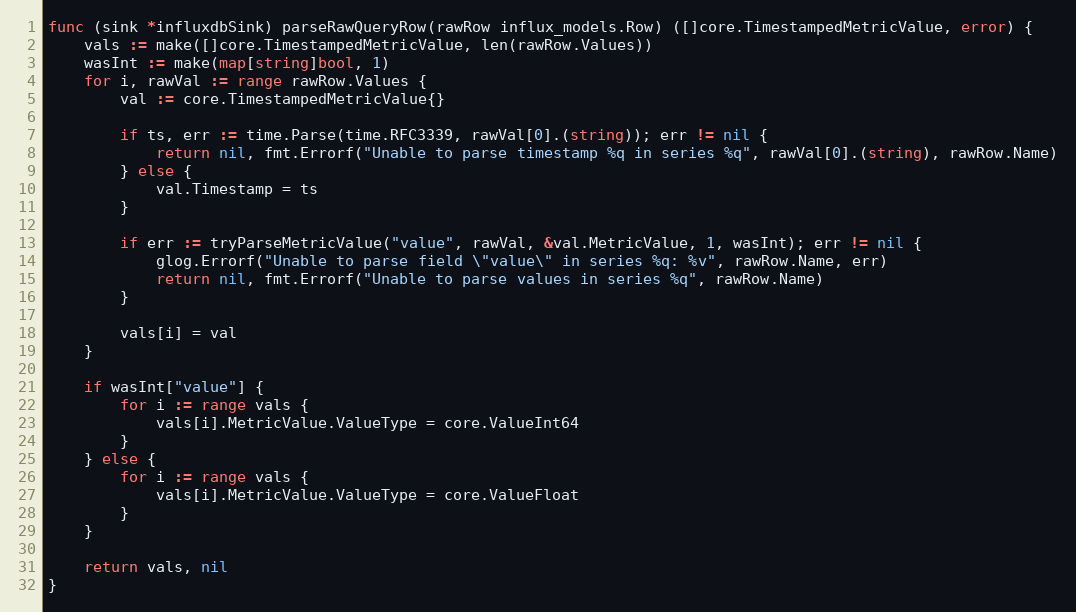
Language: Go
func (sink *influxdbSink) parseRawQueryRow(rawRow influx_models.Row) ([]core.TimestampedMetricValue, error) {
	vals := make([]core.TimestampedMetricValue, len(rawRow.Values))
	wasInt := make(map[string]bool, 1)
	for i, rawVal := range rawRow.Values {
		val := core.TimestampedMetricValue{}

		if ts, err := time.Parse(time.RFC3339, rawVal[0].(string)); err != nil {
			return nil, fmt.Errorf("Unable to parse timestamp %q in series %q", rawVal[0].(string), rawRow.Name)
		} else {
			val.Timestamp = ts
		}

		if err := tryParseMetricValue("value", rawVal, &val.MetricValue, 1, wasInt); err != nil {
			glog.Errorf("Unable to parse field \"value\" in series %q: %v", rawRow.Name, err)
			return nil, fmt.Errorf("Unable to parse values in series %q", rawRow.Name)
		}

		vals[i] = val
	}

	if wasInt["value"] {
		for i := range vals {
			vals[i].MetricValue.ValueType = core.ValueInt64
		}
	} else {
		for i := range vals {
			vals[i].MetricValue.ValueType = core.ValueFloat
		}
	}

	return vals, nil
}